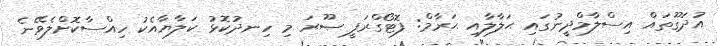
އުދަގޫތައް އިސްލާމްދީނުގައި ޙަލާލާއި ޙަރާމް: ފޮޓޯގްރަފީ ޞޫރަ މި ހިނދުކޮޅު ކަލާޔާއެކު ހިއްސާކޮށްލެވޭނެ